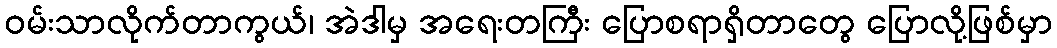
ဝမ်းသာလိုက်တာကွယ်၊ အဲဒါမှ အရေးတကြီး ပြောစရာရှိတာတွေ ပြောလို့ဖြစ်မှာ